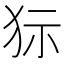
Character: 狋